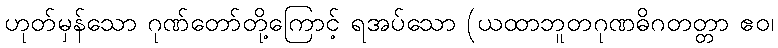
ဟုတ်မှန်သော ဂုဏ်တော်တို့ကြောင့် ရအပ်သော (ယထာဘူတဂုဏဓိဂတတ္တာ ဧဝ၊